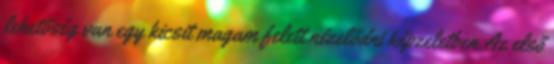
lehetőség van egy kicsit magam felett nézelődni képzeletben.Az első